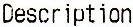
DESCRIPTION